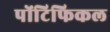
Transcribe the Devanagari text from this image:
पोंटिफिकल